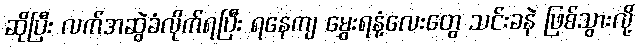
ဆိုပြီး လက်အဆွဲခံလိုက်ရပြီး ရနေကျ မွှေးရနံ့လေးတွေ သင်းခနဲ ဖြစ်သွားလို့